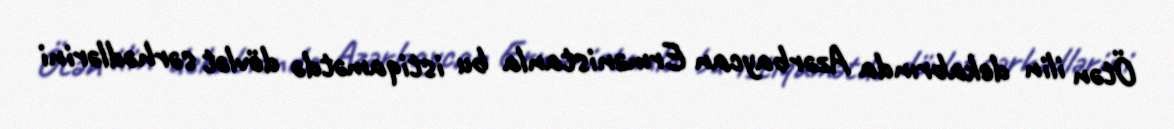
Ötən ilin dekabrında Azərbaycan Ermənistanla bu istiqamətdə dövlət sərhədlərini